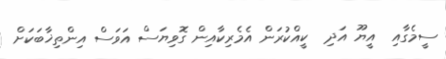
ސީމެގާއި  އީޔޫ އަދި  ކީއްކުރަން އެމެރިކާއިން ގޮވިޔަސް އަވަސް އިންތިޚާބަކަށް